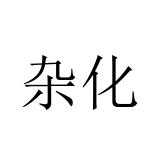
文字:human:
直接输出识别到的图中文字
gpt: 杂化